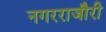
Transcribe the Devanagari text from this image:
नगरराजौरी